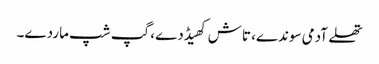
تھلے آدمی سوندے، تاش کھیڈدے، گپ شپ ماردے۔